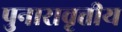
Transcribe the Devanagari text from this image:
पुनारावृत्तीय